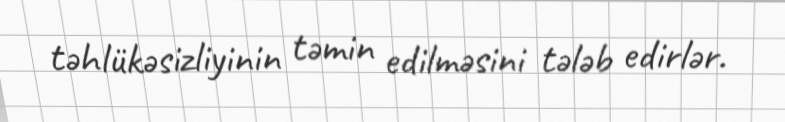
təhlükəsizliyinin təmin edilməsini tələb edirlər.